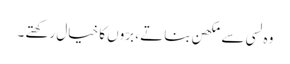
وہ لسی سے مکھن بناتے ، برّوں کا خیال رکھتے ۔